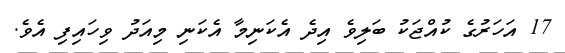
17 އަހަރުގެ ކުއްޖަކު ބަލިވެ އިދެ އެކަނިމާ އެކަނި މިއަދު ވިހައިފި އެވެ.